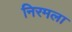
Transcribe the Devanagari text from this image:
निरमला